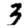
Digit: 3